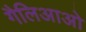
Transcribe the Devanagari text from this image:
गैलिआओ